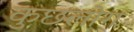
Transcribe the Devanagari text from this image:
कुछलोग